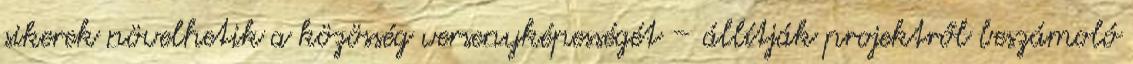
sikerek növelhetik a közösség versenyképességét – állítják projektről beszámoló